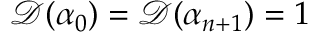
\mathcal { D } ( \alpha _ { 0 } ) = \mathcal { D } ( \alpha _ { n + 1 } ) = 1